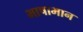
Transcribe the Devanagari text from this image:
भाषाभान